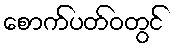
စောက်ပတ်ဝတွင်